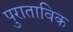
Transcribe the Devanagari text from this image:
पुराताविक